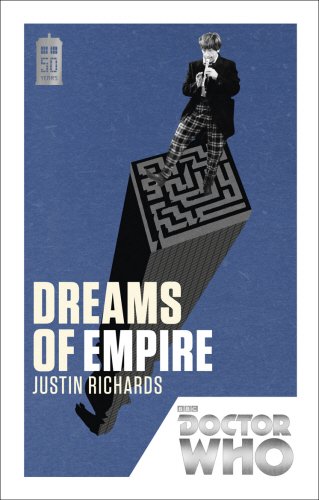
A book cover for Doctor Who: Dreams of Empire; Justin Richards; Humor & Entertainment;